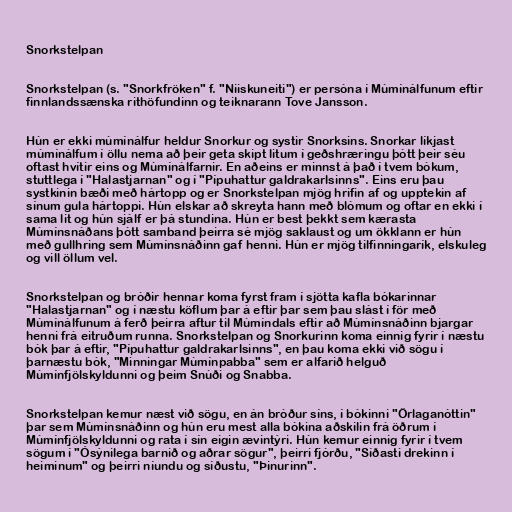
Snorkstelpan

Snorkstelpan (s. "Snorkfröken" f. "Niiskuneiti") er persóna í Múmínálfunum eftir
finnlandssænska rithöfundinn og teiknarann Tove Jansson.

Hún er ekki múmínálfur heldur Snorkur og systir Snorksins. Snorkar líkjast
múmínálfum í öllu nema að þeir geta skipt litum í geðshræringu þótt þeir séu
oftast hvítir eins og Múmínálfarnir. En aðeins er minnst á það í tvem bókum,
stuttlega í "Halastjarnan" og í "Pípuhattur galdrakarlsinns". Eins eru þau
systkinin bæði með hártopp og er Snorkstelpan mjög hrifin af og upptekin af
sínum gula hártoppi. Hún elskar að skreyta hann með blómum og oftar en ekki í
sama lit og hún sjálf er þá stundina. Hún er best þekkt sem kærasta
Múmínsnáðans þótt samband þeirra sé mjög saklaust og um ökklann er hún
með gullhring sem Múmínsnáðinn gaf henni. Hún er mjög tilfinningarík, elskuleg
og vill öllum vel.

Snorkstelpan og bróðir hennar koma fyrst fram í sjötta kafla bókarinnar
"Halastjarnan" og í næstu köflum þar á eftir þar sem þau slást í för með
Múmínálfunum á ferð þeirra aftur til Múmíndals eftir að Múmínsnáðinn bjargar
henni frá eitruðum runna. Snorkstelpan og Snorkurinn koma einnig fyrir í næstu
bók þar á eftir, "Pípuhattur galdrakarlsinns", en þau koma ekki við sögu í
þarnæstu bók, "Minningar Múmínpabba" sem er alfarið helguð
Múmínfjölskyldunni og þeim Snúði og Snabba.

Snorkstelpan kemur næst við sögu, en án bróður síns, í bókinni "Örlaganóttin"
þar sem Múmínsnáðinn og hún eru mest alla bókina aðskilin frá öðrum í
Múmínfjölskyldunni og rata í sín eigin ævintýri. Hún kemur einnig fyrir í tvem
sögum í "Ósýnilega barnið og aðrar sögur", þeirri fjórðu, "Síðasti drekinn í
heiminum" og þeirri níundu og síðustu, "Þinurinn".